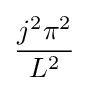
{\frac {j^{2}\pi ^{2}}{L^{2}}}